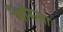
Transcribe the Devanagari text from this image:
मैरित्सा